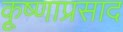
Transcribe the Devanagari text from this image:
कृ्ष्णाप्रसाद